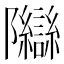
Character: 𬯨